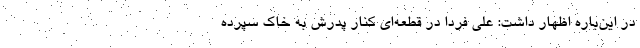
در این‌باره اظهار داشت: علی فردا در قطعه‌ای کنار پدرش به خاک سپرده